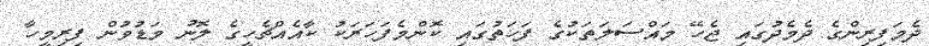
ދެމަފިރިންގެ ދެމެދުގައި ޖެހޭ މައްސަލަތަކުގެ ފަހަތުގައި ކޮންމެފަހަރަކު ކާއެއްޗެހީގެ ލޮނު މަޑުވުން ފިރިމީހާ